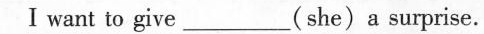
I want to give ___ (she)a surprise.